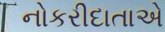
નોકરીદાતાએ